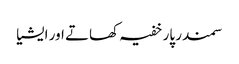
سمندر پار خفیہ کھاتے اور ایشیا